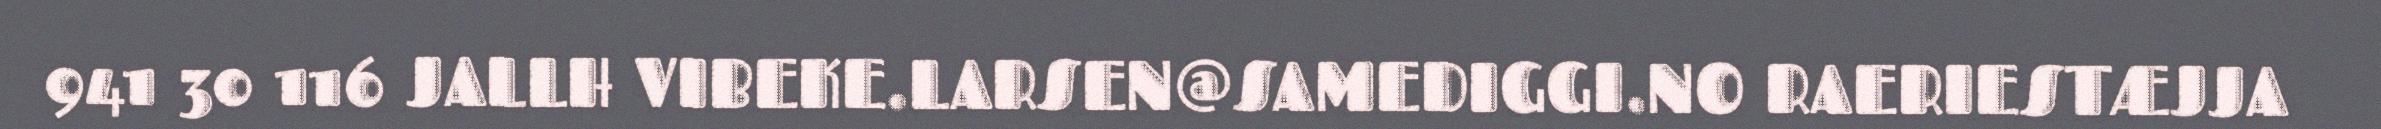
941 30 116 JALLH VIBEKE.LARSEN@SAMEDIGGI.NO RAERIESTÆJJA